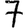
Digit: 7